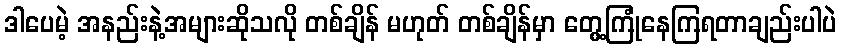
ဒါပေမဲ့ အနည်းနဲ့အများဆိုသလို တစ်ချိန် မဟုတ် တစ်ချိန်မှာ တွေ့ကြုံနေကြရတာချည်းပါပဲ